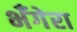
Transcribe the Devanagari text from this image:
भँगेरा